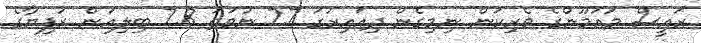
ރައީސް މައުމޫންގެ ވެރިކަން ނިމިގެން ދިއައިރުގަ 7.7 ނުވަތަ 7.8 ބިލިއަން ރުފިޔާގެ